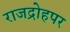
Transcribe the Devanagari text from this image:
राजद्रोहपर